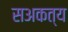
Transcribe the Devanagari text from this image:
सअकत्य